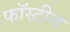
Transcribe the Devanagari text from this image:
फॉस्टीन